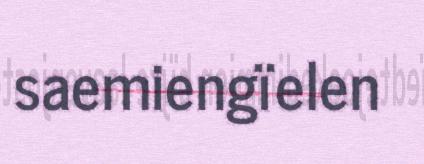
saemiengïelen